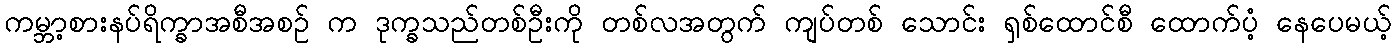
ကမ္ဘာ့စားနပ်ရိက္ခာအစီအစဉ် က ဒုက္ခသည်တစ်ဦးကို တစ်လအတွက် ကျပ်တစ် သောင်း ရှစ်ထောင်စီ ထောက်ပံ့ နေပေမယ့်